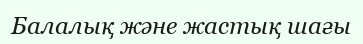
Балалық және жастық шағы